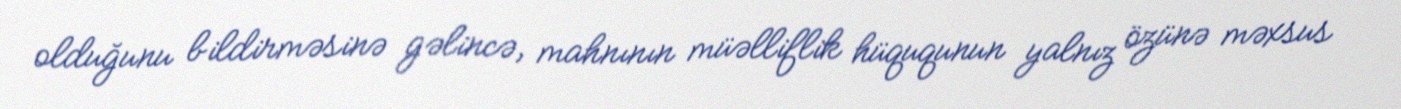
olduğunu bildirməsinə gəlincə, mahnının müəlliflik hüququnun yalnız özünə məxsus